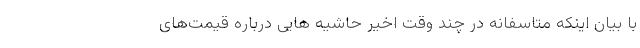
با بیان اینکه متاسفانه در چند وقت اخیر حاشیه هایی درباره قیمت‌های